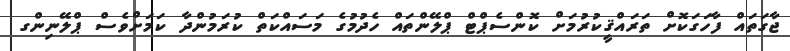
ޖާގަތައް ފާހަގަކޮށް ތަރައްޤީކުރުމަށް ކޮންސެޕްޓް ޕްލޭންތައް ހެދުމުގެ މަސައްކަތް ކުރަމުންދާ ކަމަށްވެސް ޕްލޭނިންގ